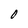
Character: 0